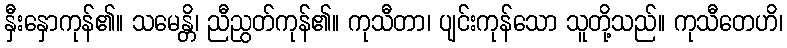
နှီးနှောကုန်၏။ သမေန္တိ၊ ညီညွတ်ကုန်၏။ ကုသီတာ၊ ပျင်းကုန်သော သူတို့သည်။ ကုသီတေဟိ၊